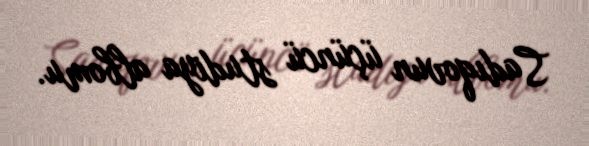
Sadıqovun üçüncü studiya albomu.